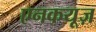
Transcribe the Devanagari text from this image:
एनकयूज़